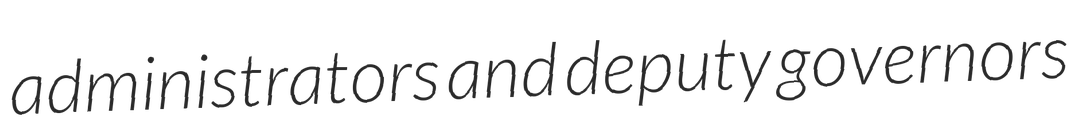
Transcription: administrators and deputy governors